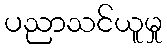
ပညာသင်ယူမှု